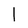
Character: l